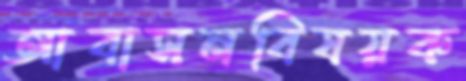
আবাসনবিষয়ক